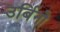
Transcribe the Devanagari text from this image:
उर्बिनो